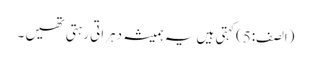
(الصف:5)کہتی ہیں یہ ہمیشہ دہراتی رہتی تھیں ۔